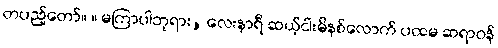
တပည့်တော်။ ။ မကြာပါဘုရား, လေးနာရီ ဆယ့်ငါးမိနစ်လောက် ပထမ ဆရာဝန်